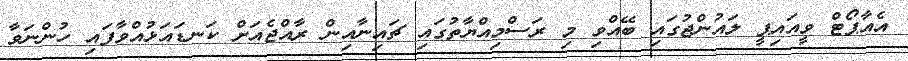
އެއާޕޯޓް ވީއައިޕީ ލައުންޖުގައި ބޭއްވި މި ރަސްމިއްޔާތުގައި ޗައިނާއިން ރާއްޖެއަށް ކަނޑައަޅުއްވާފައި ހުންނަވާ